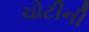
ચોટીની